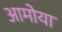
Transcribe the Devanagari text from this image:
आमोया